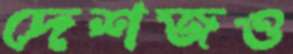
দেশজও